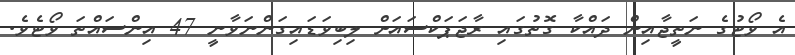
އެ ވޯޓުގެ ނަތީޖާއިން ދައްކާ ގޮތުގައި ރާޖަޕަކްސައަށް ލިބިވަޑައިގަންނަވާނީ 47 އިންސައްތަ ވޯޓެވެ.